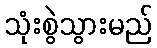
သုံးစွဲသွားမည်